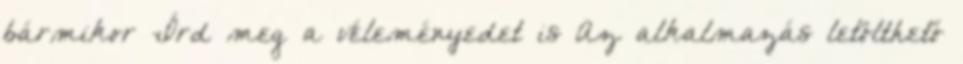
bármikor Írd meg a véleményedet is Az alkalmazás letölthető